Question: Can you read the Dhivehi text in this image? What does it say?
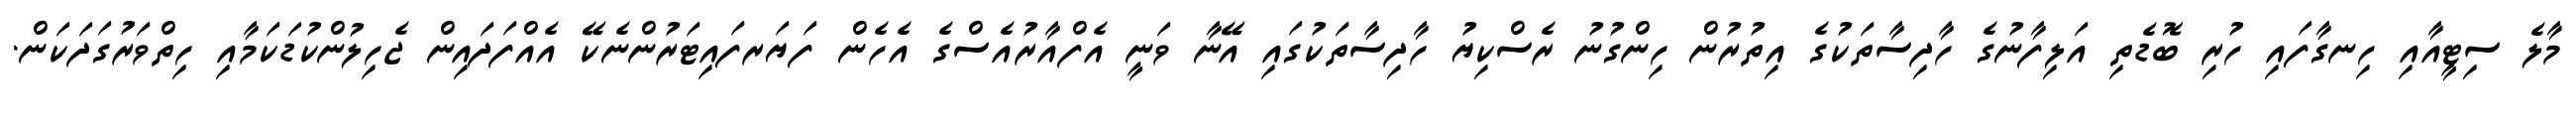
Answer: މާލެ ސިޓީއާއި ހިނގާފައި ހުރި ބޮޑެތި އަލިފާނުގެ ހާދިސާތަކުގެ އިތުރުން ހިންގުނު ރެސްކިޔު ހާދިސާތަކުގައި އޭނާ ވަނީ އެފްއާރުއެސްގެ އެހެން ފަޔަރފައިޓަރުންނެކޭ އެއްފަދައިން ޖެހިލުންކުޑަކަމާއި ހިތްވަރުގަދަކަން.